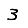
Digit: 3